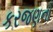
કરજણનો